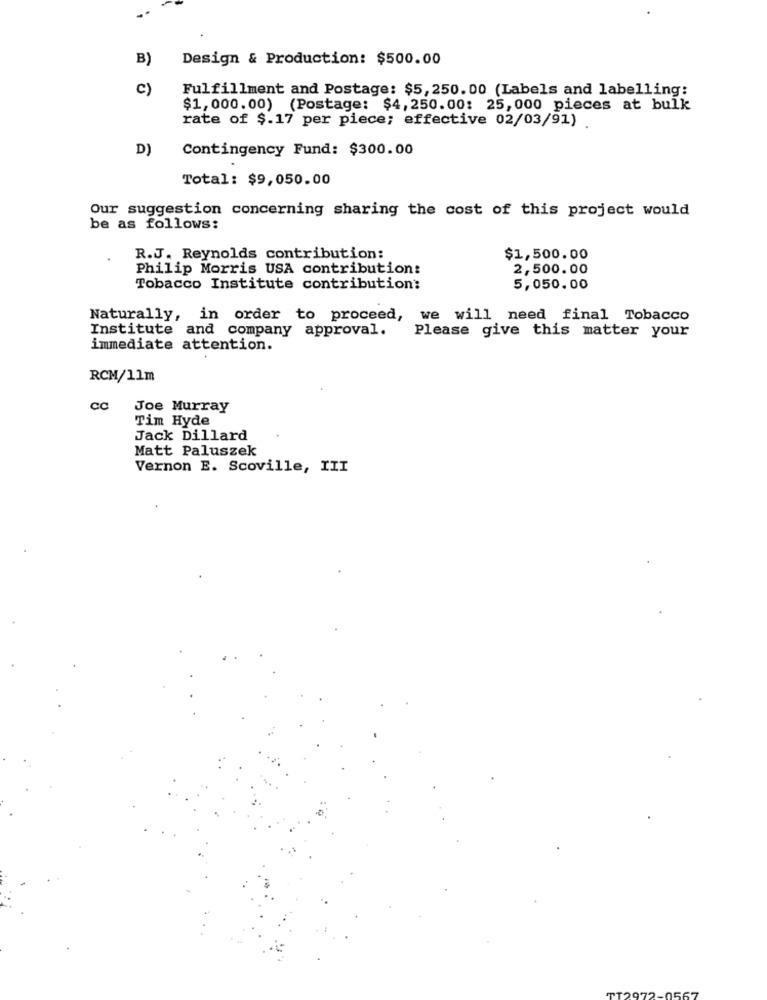
B)
Design & Production: $500.00
c)
Fulfillment and Postage: $5,250.00 (Labels and labelling:
$1,000.00) (Postage: $4, 250.00: 25, 000 pieces at bulk
rate of $.17 per piece; effective 02/03/91) .
D)
Contingency Fund: $300.00
Total: $9,050.00
Our suggestion concerning sharing the cost of this project would
be as follows:
R.J. Reynolds contribution:
$1,500.00
Philip Morris USA contribution:
2,500.00
Tobacco Institute contribution:
5,050.00
Naturally, in order to proceed,
we will need final Tobacco
Institute and company approval.
Please give this matter your
immediate attention.
.
RCM/11m
cc Joe Murray
Tim Hyde
Jack Dillard
Matt Paluszek
Vernon E. Scoville, III
0567